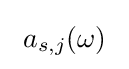
~a_{s,j}(\omega )~